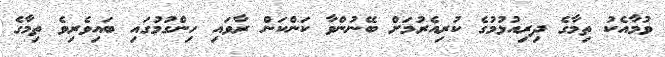
ވުމާއެކު ތިމާގެ ދިރިއުޅުމުގެ ކުރިއެރުމަށް ބޭނުންވާ ކަންކަން ރާވައި ހިންގުމުގައި ބައިވެރިވެ ތިމާގެ